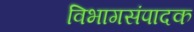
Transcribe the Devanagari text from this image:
विभागसंपादक